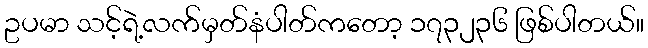
ဥပမာ သင့်ရဲ့လက်မှတ်နံပါတ်ကတော့ ၁၇၃၂၃၆ ဖြစ်ပါတယ်။